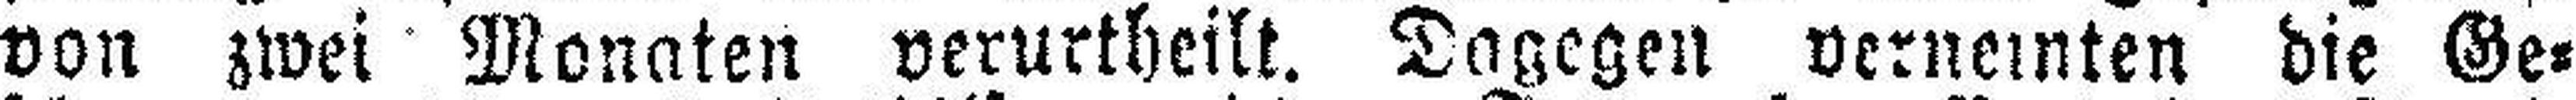
von zwei Monaten verurtheilt. Dagegen verneinten die Ge¬